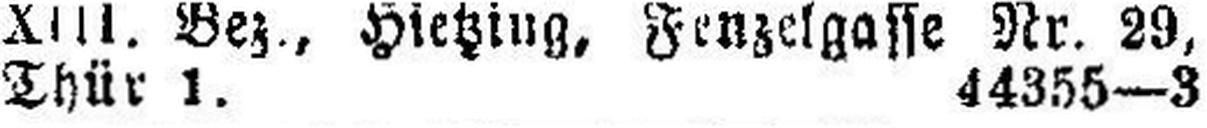
Thür 1. 44355—3